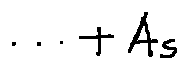
\cdots + A s